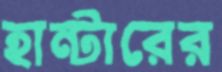
হান্টারের